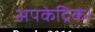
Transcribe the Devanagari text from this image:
अपकेद्रिक।